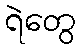
ရဲတွေ